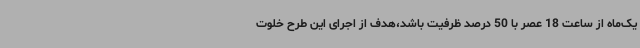
یک‌ماه از ساعت 18 عصر با 50 درصد ظرفیت باشد،هدف از اجرای این طرح خلوت